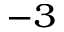
^ { - 3 }